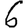
Digit: 6